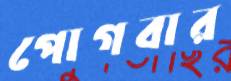
পোগবার